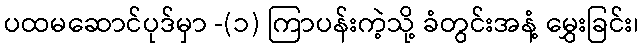
ပထမဆောင်ပုဒ်မှာ -(၁) ကြာပန်းကဲ့သို့ ခံတွင်းအနံ့ မွှေးခြင်း၊